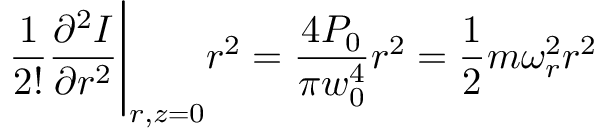
{ \frac { 1 } { 2 ! } } { \frac { \partial ^ { 2 } I } { \partial r ^ { 2 } } } { \Biggr | } _ { r , z = 0 } r ^ { 2 } = { \frac { 4 P _ { 0 } } { \pi w _ { 0 } ^ { 4 } } } r ^ { 2 } = { \frac { 1 } { 2 } } m \omega _ { r } ^ { 2 } r ^ { 2 }